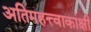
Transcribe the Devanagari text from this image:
अतिमहत्त्वाकांक्षी